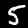
Label: 5